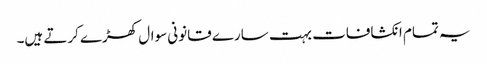
یہ تمام انکشافات بہت سارے قانونی سوال کھڑے کرتے ہیں۔